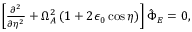
\begin{array} { r } { \left[ \frac { \partial ^ { 2 } } { \partial \eta ^ { 2 } } + \Omega _ { A } ^ { 2 } \left( 1 + 2 \epsilon _ { 0 } \cos \eta \right) \right] \hat { \Phi } _ { E } = 0 , } \end{array}